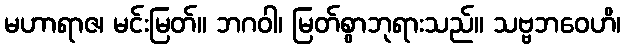
မဟာရာဇ၊ မင်းမြတ်။ ဘဂဝါ၊ မြတ်စွာဘုရားသည်။ သဗ္ဗဘဝေဟိ၊